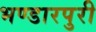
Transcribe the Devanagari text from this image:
भण्डारपुरी